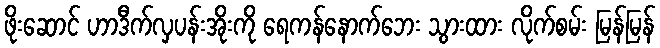
ဖိုးဆောင် ဟာဒီက်လှပန်းအိုးကို ရေကန်နောက်ဘေး သွားထား လိုက်စမ်း မြန်မြန်